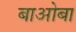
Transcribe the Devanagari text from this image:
बाओबा